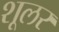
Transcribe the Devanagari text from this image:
शूलर